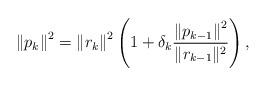
LaTeX: \begin{align*}\left\Vert p_{k}\right\Vert ^{2}=\left\Vert r_{k}\right\Vert ^{2}\left(1+\delta_{k}\frac{\left\Vert p_{k-1}\right\Vert ^{2}}{\|r_{k-1}\|^{2}}\right),\end{align*}